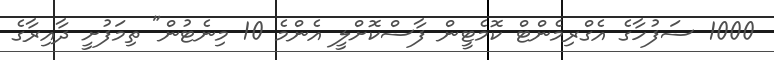
1000 ސަފުހާގެ އެގްރިމެންޓް ކޮމެޓީން ފާސްކޮށްލީ އެންމެ 10 މިނެޓުން" ތިމަފުށީ ދާއިރާގެ